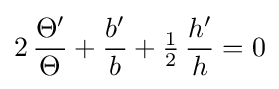
2\,{\frac {\Theta '}{\Theta }}+{\frac {b'}{b}}+{\tfrac {1}{2}}\,{\frac {h'}{h}}=0